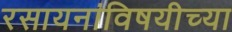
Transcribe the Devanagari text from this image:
रसायनांविषयीच्या